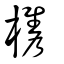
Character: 檇